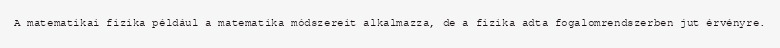
A matematikai fizika például a matematika módszereit alkalmazza, de a fizika adta fogalomrendszerben jut érvényre.